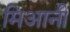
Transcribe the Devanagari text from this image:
मिआनी